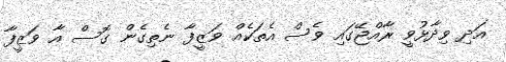
އަދި ވިދާޅުވީ ރާއްޖޭގައި ވެސް އެތަކެއް ވަޒީފާ ނެތިގެން ގޮސް އާ ވަޒީފާ